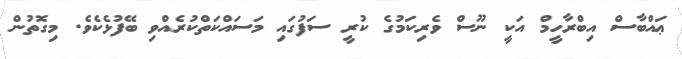
ޢައްބާސް އިބްރާހީމް އަކީ ނޫސް ވެރިކަމުގެ ކުރީ ސަފުގައި މަސައްކަތްކުރެއްވި ބޭފުޅެކެވެ. މިގޮތުން